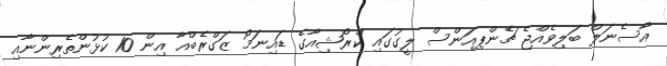
އާސެނަލް ބަލިވެއްޖެ ޗެންޕިއަންސް ލީގުގައި ކްރޯޝިއާގެ ޑައިނަމޯ ޒަގްރެބްއާ އިން 10 ކުޅުންތެރިންނާއި